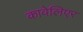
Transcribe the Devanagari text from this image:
कावेलिएर